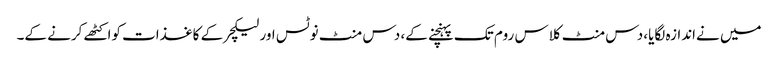
میں نےاندازہ لگایا، دس منٹ کلاس روم تک پہنچنے کے، دس منٹ نوٹس اور لیکچر کے کاغذات کواکٹھے کرنے کے۔